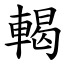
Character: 輵